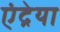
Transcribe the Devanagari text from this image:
एंद्रेया